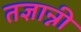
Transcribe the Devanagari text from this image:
तज्ञान्नी